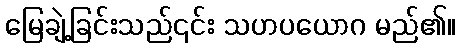
မြေချဲ့ခြင်းသည်၎င်း သဟပယောဂ မည်၏။